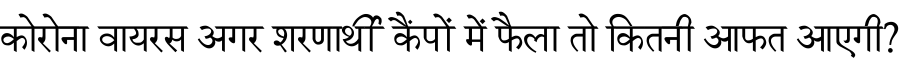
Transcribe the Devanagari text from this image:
कोरोना वायरस अगर शरणार्थी कैंपों में फैला तो कितनी आफत आएगी?